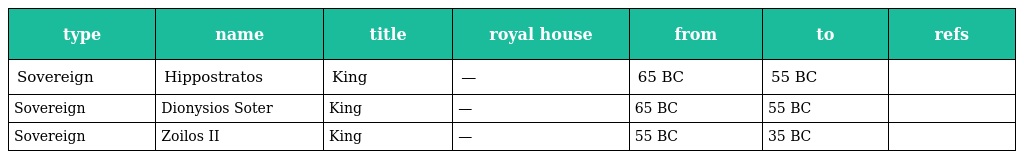
| type | name | title | royal house | from | to | refs |
 | --- | --- | --- | --- | --- | --- | --- |
 | Sovereign | Hippostratos | King | — | 65 BC | 55 BC |  |
 | Sovereign | Dionysios Soter | King | — | 65 BC | 55 BC |  |
 | Sovereign | Zoilos II | King | — | 55 BC | 35 BC |  |